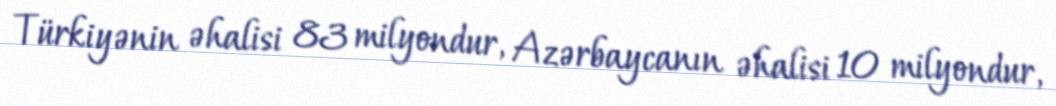
Türkiyənin əhalisi 83 milyondur, Azərbaycanın əhalisi 10 milyondur,